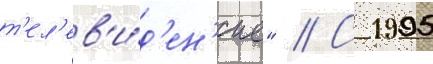
т'ел'ев'и́д'ен'ие" // С 1995